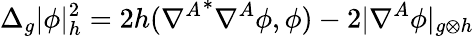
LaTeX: \Delta_{g}|\phi|_{h}^{2}=2h({\nabla^{A}}^{*}\nabla^{A}\phi,\phi)-2|\nabla^{A}\phi|_{g\otimes h}